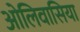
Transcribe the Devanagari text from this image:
ओलिवासिया